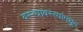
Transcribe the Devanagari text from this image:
वस्त्यावस्त्यांमधून